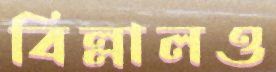
বিল্লালও